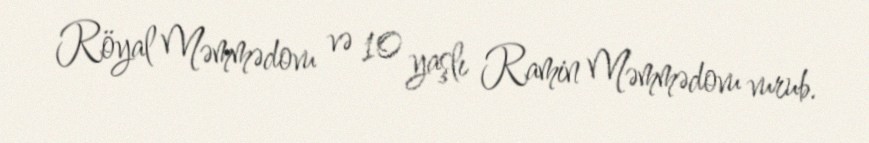
Röyal Məmmədovu və 10 yaşlı Ramin Məmmədovu vurub.